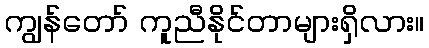
ကျွန်တော် ကူညီနိုင်တာများရှိလား။